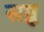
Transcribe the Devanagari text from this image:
सप्रु